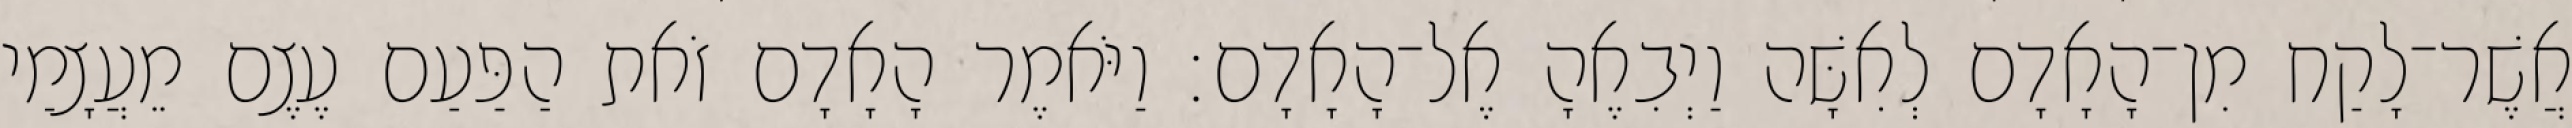
אֲשֶׁר־לָקַח מִן־הָאָדָם לְאִשָּׁה וַיְבִאֶהָ אֶל־הָאָדָם׃ וַיֹּאמֶר הָאָדָם זֹאת הַפַּעַם עֶצֶם מֵעֲצָמַי